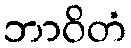
ဘာဝိတံ